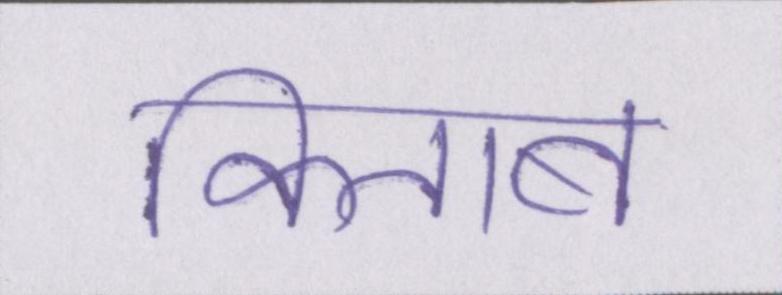
किताब